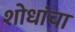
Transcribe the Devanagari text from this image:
शोधांचा